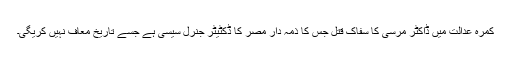
کمرہ عدالت میں ڈاکٹر مرسی کا سفاک قتل جس کا ذمہ دار مصر کا ڈکٹیٹر جنرل سیسی ہے جسے تاریخ معاف نہیں کریگی۔